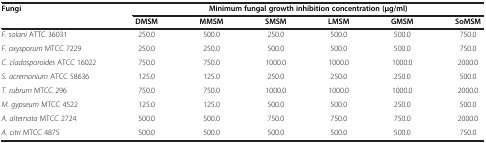
| Fungi | <COLSPAN=6> Minimum fungal growth inhibition concentration (μg/ml) |
 |  | DMSM | MMSM | SMSM | LMSM | GMSM | SoMSM |
 | --- | --- | --- | --- | --- | --- | --- |
 | F. solani ATTC 36031 | 250.0 | 500.0 | 250.0 | 500.0 | 500.0 | 750.0 |
 | F. oxysporum MTCC 7229 | 250.0 | 250.0 | 500.0 | 500.0 | 500.0 | 750.0 |
 | C. cladosporoides ATCC 16022 | 750.0 | 750.0 | 1000.0 | 1000.0 | 1000.0 | 2000.0 |
 | S. acremonium ATCC 58636 | 125.0 | 125.0 | 250.0 | 250.0 | 250.0 | 500.0 |
 | T. rubrum MTCC 296 | 750.0 | 750.0 | 1000.0 | 1000.0 | 1000.0 | 2000.0 |
 | M. gypseum MTCC 4522 | 125.0 | 125.0 | 500.0 | 500.0 | 250.0 | 500.0 |
 | A. alternata MTCC 2724 | 500.0 | 500.0 | 750.0 | 750.0 | 750.0 | 2000.0 |
 | A. citri MTCC 4875 | 500.0 | 500.0 | 500.0 | 500.0 | 500.0 | 750.0 |